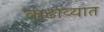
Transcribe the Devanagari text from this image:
वाढाव्यात